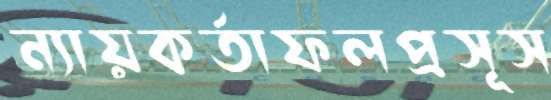
ন্যায়কর্তাফলপ্রসূস